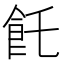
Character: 飥